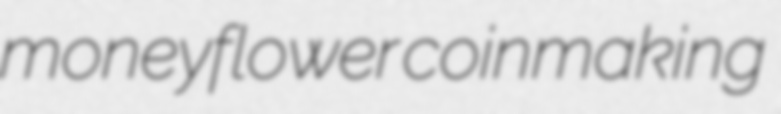
moneyflower coinmaking